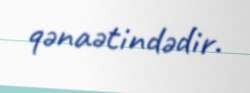
qənaətindədir.